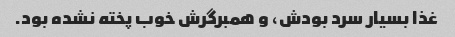
غذا بسیار سرد بودش، و همبرگرش خوب پخته نشده بود.